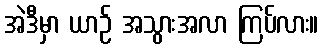
အဲဒီမှာ ယာဉ် အသွားအလာ ကြပ်လား။